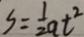
S = \frac { 1 } { 2 } a t ^ { 2 }